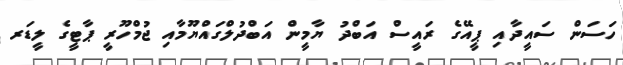
ހަސަން ސައީދާއި ޕީއޭގެ ރައީސް އަބްދު ޔާމީން އަބްދުލްގައްޔޫމާއި ޖުމްހޫރީ ޕާޓީގެ ލީޑަރ